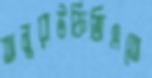
অনুরাউফিজিএতে